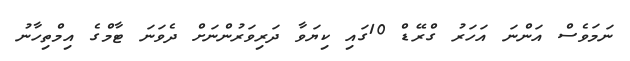
ނަމަވެސް އަންނަ އަހަރު ގްރޭޑް 10ގައި ކިޔަވާ ދަރިވަރުންނަށް ދެވަނަ ޓާމްގެ އިމްތިހާނު